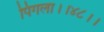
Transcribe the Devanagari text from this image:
पिंगला।।४८।।